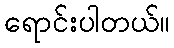
ရောင်းပါတယ်။